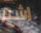
اشتر